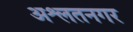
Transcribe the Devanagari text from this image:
अश्लतनगर